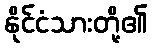
နိုင်ငံသားတို့၏